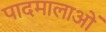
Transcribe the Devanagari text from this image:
पादमालाओं